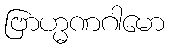
ဗြာဟ္မဏဂါမော